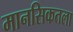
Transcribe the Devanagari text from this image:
मानसिकतला